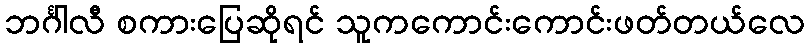
ဘင်္ဂါလီ စကားပြေဆိုရင် သူကကောင်းကောင်းဖတ်တယ်လေ